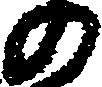
の